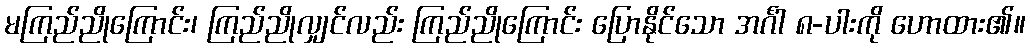
မကြည်ညိုကြောင်း၊ ကြည်ညိုလျှင်လည်း ကြည်ညိုကြောင်း ပြောနိုင်သော အင်္ဂါ ၈-ပါးကို ဟောထား၏။